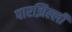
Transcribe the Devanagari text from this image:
पारझिल्ली